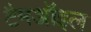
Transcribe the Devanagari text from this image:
टैमऑइल